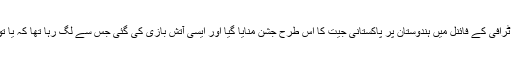
لیکن یہ ہندوستان ہے جہاں کانوں سنی نہیں بلکہ آنکھوں دیکھی بات ہے کہ چمپینز ٹرافی کے فائنل میں ہندوستان پر پاکستانی جیت کا اس طرح جشن منایا گیا اور ایسی آتش بازی کی گئی جس سے لگ رہا تھا کہ یا تو دیوالی قبل از وقت آگئی،کوئی بارات نکل رہی ہے یا لوگ شب برات منا رہے ہیں۔